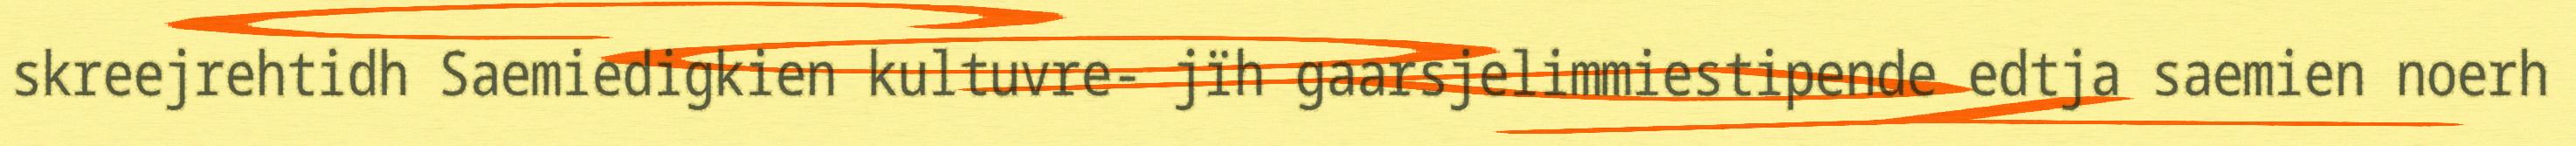
skreejrehtidh Saemiedigkien kultuvre- jïh gaarsjelimmiestipende edtja saemien noerh